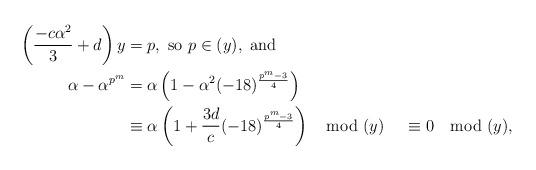
LaTeX: \begin{align*} \left( \frac{-c\alpha^2}{3} + d\right) y & = p, \mbox{\ so\ } p\in (y),\mbox{\ and} \\ \alpha - \alpha^{p^m} &= \alpha \left( 1 - \alpha^2 (-18)^{\frac{p^m-3}{4}}\right) \\ &\equiv \alpha\left( 1 + \frac{3d}{c} (-18)^{\frac{p^m-3}{4}}\right) \mod (y) &\equiv 0 \mod (y),\end{align*}